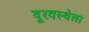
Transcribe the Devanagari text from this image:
दूरवस्थेला